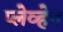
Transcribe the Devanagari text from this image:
प्लेव्हेन